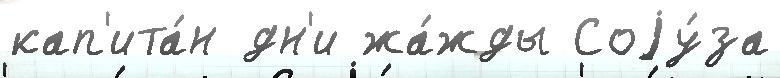
кап'ита́н дн'и жа́жды Соjу́за